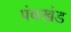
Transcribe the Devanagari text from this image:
पंचखंड